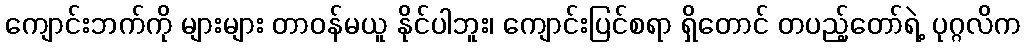
ကျောင်းဘက်ကို များများ တာဝန်မယူ နိုင်ပါဘူး၊ ကျောင်းပြင်စရာ ရှိတောင် တပည့်တော်ရဲ့ ပုဂ္ဂလိက